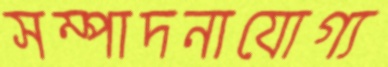
সম্পাদনাযোগ্য